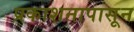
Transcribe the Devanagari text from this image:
प्रकाशनापासून